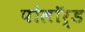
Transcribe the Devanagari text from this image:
पोलॉर्ड